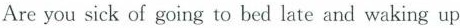
Are you sick of going to bed late and waking up